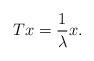
LaTeX: \begin{align*}Tx = \frac{1}{\lambda} x.\end{align*}